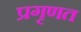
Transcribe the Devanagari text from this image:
प्रगृणत